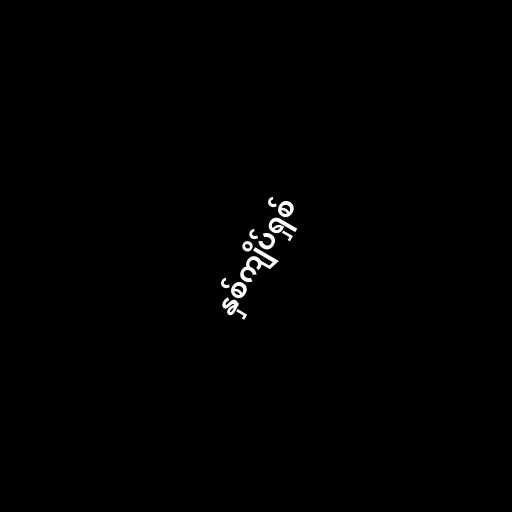
နှစ်ကျိပ်ရှစ်